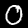
Label: 0